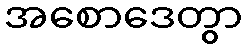
အစောဒေတွာ